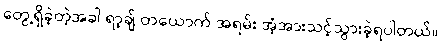
တွေ့ရှိခဲ့တဲ့အခါ ရာ့ချ် တယောက် အရမ်း အံ့အားသင့်သွားခဲ့ရပါတယ်။